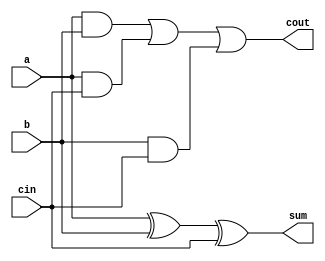
module adder_cell (
  input wire a,
  input wire b,
  input wire cin,
  output wire sum,
  output wire cout
);

assign sum = a ^ b ^ cin;
assign cout = (a & b) | (a & cin) | (b & cin);

endmodule